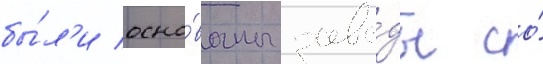
бы́л'и осно́ваны заво́ды со́